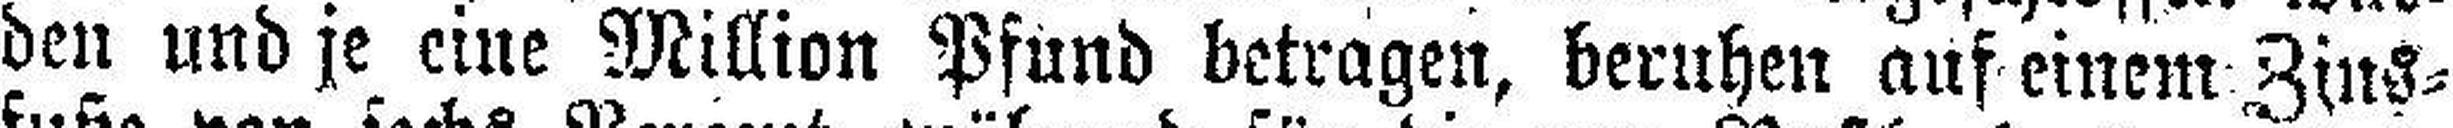
den und je eine Million Pfund betragen, beruhen auf einem Zins¬